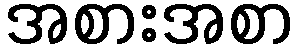
အစားအစာ